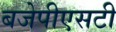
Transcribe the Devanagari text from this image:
बजेपीएसटी